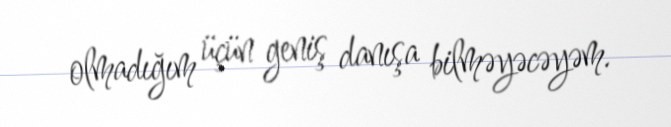
olmadığım üçün geniş danışa bilməyəcəyəm.